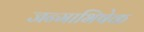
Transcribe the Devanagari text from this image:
जन्माभिषेक